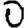
Digit: 0